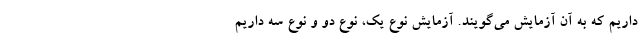
داریم که به آن آزمایش می‌گویند. آزمایش نوع یک، نوع دو و نوع سه داریم